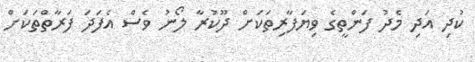
ކުދި އަދި މެދު ފަންތީގެ ވިޔަފާރިތަކަށް ދޫކުރާ ލޯނު ވެސް އެފަދަ ފަރާތްތަކަށް